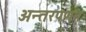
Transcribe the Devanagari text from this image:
अन्तरपणन